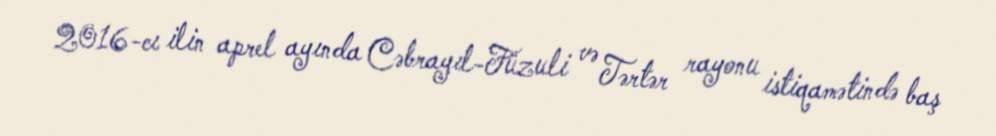
2016-cı ilin aprel ayında Cəbrayıl-Füzuli və Tərtər rayonu istiqamətində baş